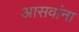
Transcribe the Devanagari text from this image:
आसवांना